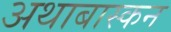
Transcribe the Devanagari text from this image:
अथाबास्कन